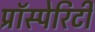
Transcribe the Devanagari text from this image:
प्रॉस्पेरिटी